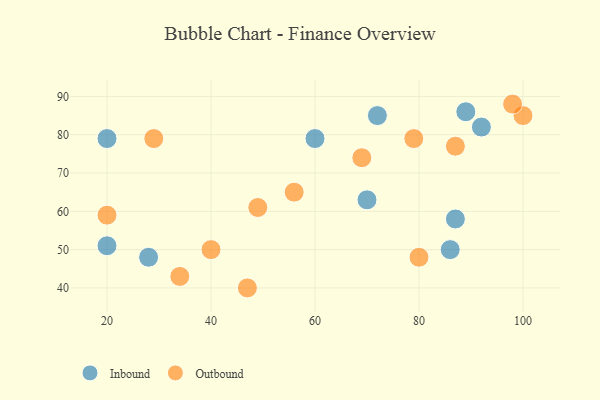
{"axis": {"x": "GDP", "y": "Life Expectancy"}, "legend": ["Inbound", "Outbound"], "data": [{"x": "70", "y": 63, "type": "Inbound"}, {"x": "89", "y": 86, "type": "Inbound"}, {"x": "20", "y": 51, "type": "Inbound"}, {"x": "28", "y": 48, "type": "Inbound"}, {"x": "60", "y": 79, "type": "Inbound"}, {"x": "87", "y": 58, "type": "Inbound"}, {"x": "92", "y": 82, "type": "Inbound"}, {"x": "72", "y": 85, "type": "Inbound"}, {"x": "20", "y": 79, "type": "Inbound"}, {"x": "86", "y": 50, "type": "Inbound"}, {"x": "34", "y": 43, "type": "Outbound"}, {"x": "29", "y": 79, "type": "Outbound"}, {"x": "20", "y": 59, "type": "Outbound"}, {"x": "49", "y": 61, "type": "Outbound"}, {"x": "100", "y": 85, "type": "Outbound"}, {"x": "98", "y": 88, "type": "Outbound"}, {"x": "87", "y": 77, "type": "Outbound"}, {"x": "80", "y": 48, "type": "Outbound"}, {"x": "56", "y": 65, "type": "Outbound"}, {"x": "79", "y": 79, "type": "Outbound"}, {"x": "69", "y": 74, "type": "Outbound"}, {"x": "47", "y": 40, "type": "Outbound"}, {"x": "40", "y": 50, "type": "Outbound"}]}